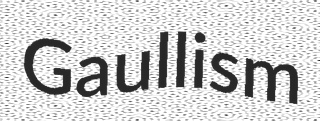
Gaullism